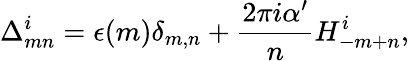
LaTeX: \Delta_{mn}^{i}=\epsilon(m)\delta_{m,n}+\frac{2\pi i\alpha^{\prime}}{n}H_{-m+n}^{i},